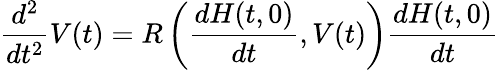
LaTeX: \frac{d^{2}}{dt^{2}}V(t)=R\left(\frac{dH(t,0)}{dt},V(t)\right)\frac{dH(t,0)}{dt}